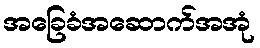
အခြေခံအဆောက်အအုံ